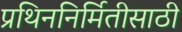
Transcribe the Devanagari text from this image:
प्रथिननिर्मितीसाठी